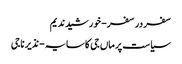
سفر در سفر- خورشید ندیم
سیاست پر ماں جی کا سایہ- نذیر ناجی